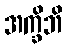
အက္ခိဘိ